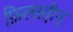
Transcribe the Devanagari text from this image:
फ़िलस्त़ीन्